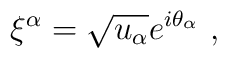
\xi^\alpha=\sqrt{u_\alpha}e^{i\theta_\alpha}\ ,